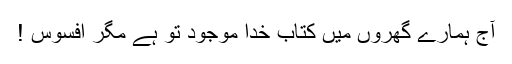
آج ہمارے گھروں میں کتاب خدا موجود تو ہے مگر افسوس !